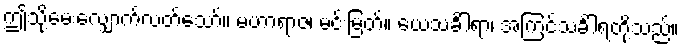
ဤသို့မေးလျှောက်လတ်သော်။ မဟာရာဇ၊ မင်းမြတ်။ ယေသင်္ခါရာ၊ အကြင်သင်္ခါရတို့သည်။